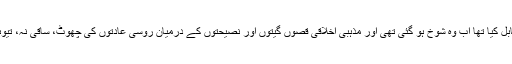
مذہب نے جس زبان کو پال پوس کر کسی قابل کیا تھا اب وہ شوخ ہو گئی تھی اور مذہبی اخلاقی قصوں گیتوں اور نصیحتوں کے درمیان روسی عادتوں کی چھوٹ، ساقی نہ، تیوہار نامہ اور شادی نامہ بھی چپکا دیتی تھی۔